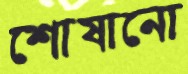
শোষানো